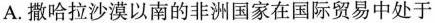
A.撒哈拉沙漠以南的非洲国家在国际贸易中处于